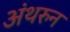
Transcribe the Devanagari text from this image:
अंथरुन